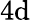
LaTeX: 4\mathrm{d}